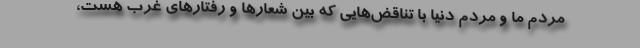
مردم ما و مردم دنیا با تناقض‌هایی که بین شعارها و رفتارهای غرب هست،